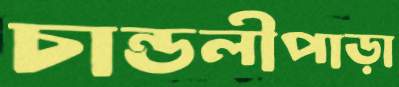
চান্ডলীপাড়া